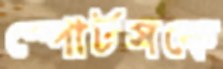
স্পোর্টসকে